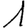
Digit: 1